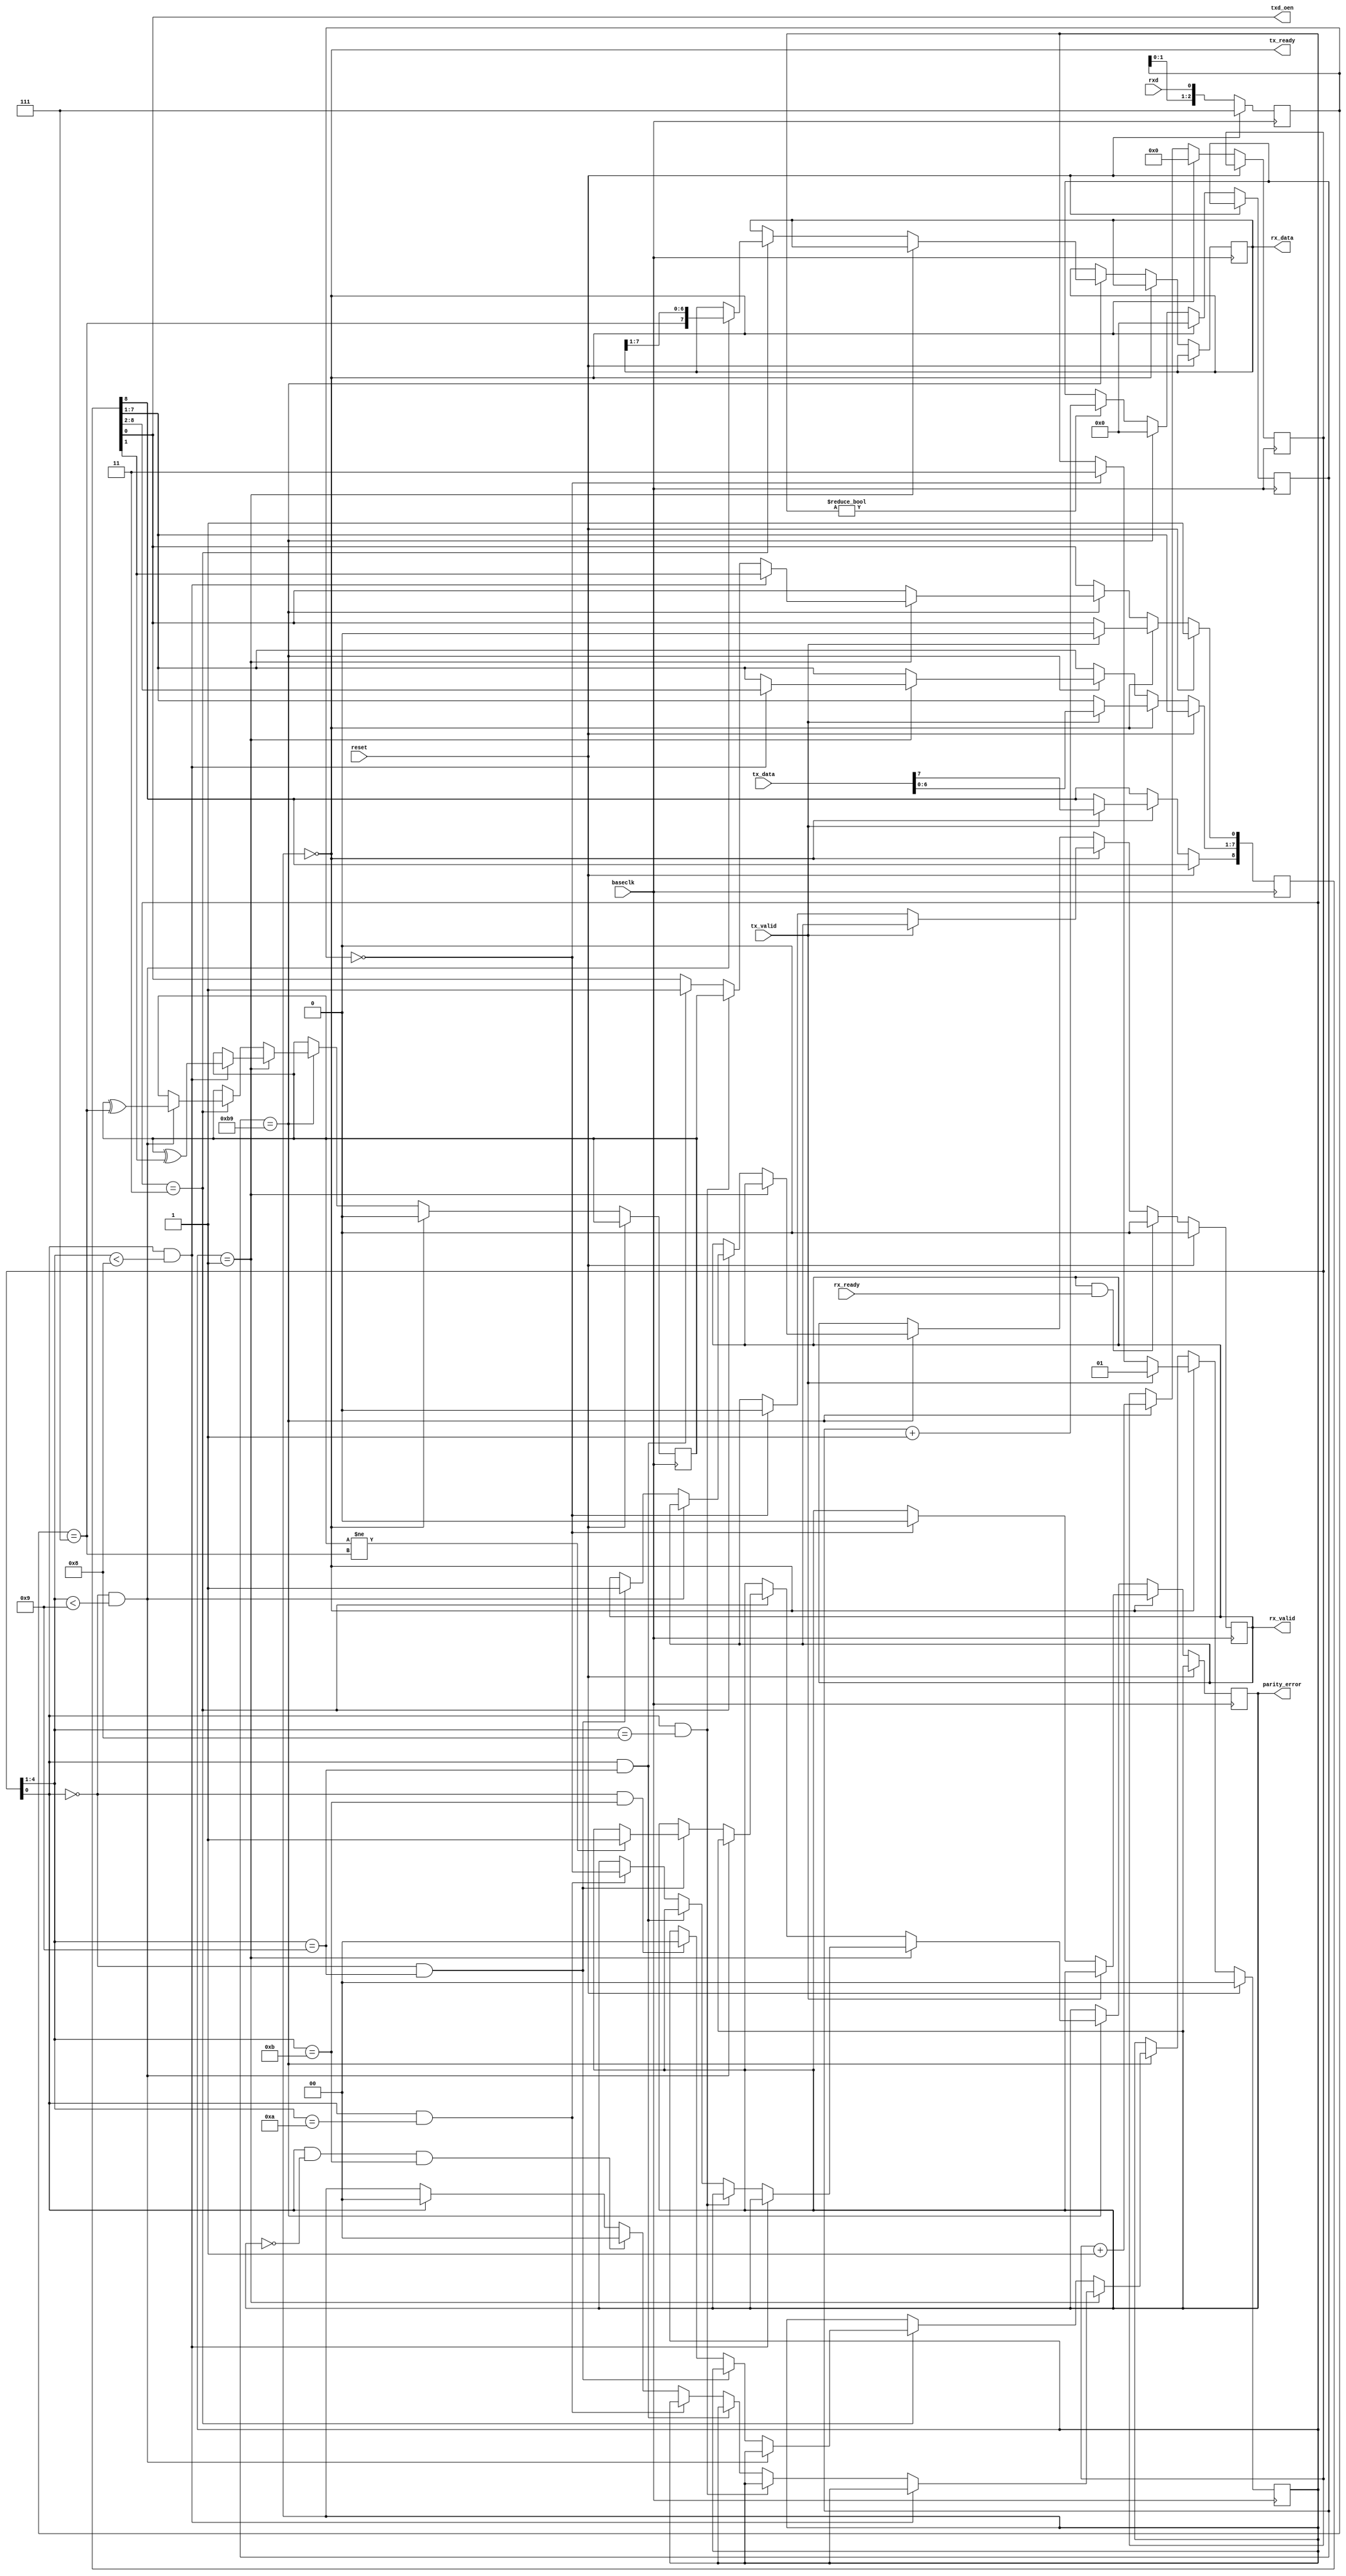
//
// Copyright (c) 2016-2020 Fairwaves, Inc.
// SPDX-License-Identifier: CERN-OHL-W-2.0
//
// Half duplex UART 
//

module uart_smartcard #(
    parameter CLK_DIV = 372,
    parameter BITS_SAMPLE = 3,
    parameter CLK_DIV_BITS = 12,
    parameter PARITY_ODD = 0
)(
    input reset,
    input baseclk,

    input  rxd,
    output txd_oen,
    
    input  [7:0] tx_data,
    input        tx_valid,
    output       tx_ready,
    
    output [7:0] rx_data,
    output       rx_valid,
    input        rx_ready,
    
    output       parity_error
);

//
// SMART CARD UART FORMAT
// 1 START
// 8 DATA
// 1 PARITY
// 2 STOP (with ACK/NACK and retransmition)
//
// Total 12 bits per byte

(* ASYNC_REG = "TRUE" *) reg [BITS_SAMPLE - 1:0] rxd_sampled;
always @(posedge baseclk) begin
  if (reset) begin
    rxd_sampled <= ((1 << BITS_SAMPLE) - 1);
  end else begin
    rxd_sampled <= { rxd_sampled[BITS_SAMPLE - 2:0], rxd };
  end
end

wire sampled_one  = (rxd_sampled == ((1 << BITS_SAMPLE) - 1));
wire sampled_zero = (rxd_sampled == 0);

reg parity;  // Parity bit calculation

localparam MODE_IDLE = 2'b00;
localparam MODE_TX   = 2'b01;
localparam MODE_RX   = 2'b11;

reg [1:0] mode;    // Half-duplex direction

reg [CLK_DIV_BITS - 1:0] clk_div;

reg [7:0] retransmition_byte; // Retransmit byte
reg [8:0] tx_byte;
reg [7:0] rx_byte;            // Byte received

reg [4:0] bit_count;          // Bit count during serialization

reg       rx_valid_reg;

reg       par_err;

assign tx_ready = (mode == MODE_IDLE);
assign txd_oen  = tx_byte[0];

assign rx_data = rx_byte;
assign rx_valid = rx_valid_reg;

assign parity_error = par_err;

// TODO  byte retransmition

wire tx_edge = (bit_count[0] == 1);
wire rx_edge = (bit_count[0] == 0);

////////////////
// LHHL LLL LLH sets up the inverse convention: state L encodes value 1 and moment 2 conveys the 
//              most significant bit (msb first). When decoded by inverse convention, the conveyed byte is equal to '3F'. 
// 
// LHHL HHH LLH sets  up  the  direct  convention:  state  H  encodes  value  1  and  moment  2  conveys  the  
//              least significant bit (lsb first). When decoded by direct convention, the conveyed byte is equal to '3B'. 


always @(posedge baseclk) begin
  if (reset) begin
    mode         <= MODE_IDLE;
    tx_byte[0]   <= 1'b1;
    rx_valid_reg <= 1'b0;
  end else begin
    if (mode == MODE_IDLE) begin
      if (tx_valid) begin
        mode    <= MODE_TX;
        tx_byte <= { tx_data, 1'b0 };
      end else if (sampled_zero) begin
        rx_valid_reg <= 1'b0;
        mode         <= MODE_RX;
        par_err      <= 0;  
      end
      
      bit_count <= 0;
      clk_div   <= 0;
      parity    <= PARITY_ODD;
    
    end else begin
      if (clk_div == ((CLK_DIV/2) - 1)) begin
      
        if (mode == MODE_TX) begin
          if (tx_edge && bit_count[4:1] < 8) begin
            tx_byte[7:0] <= tx_byte[8:1];
            parity       <= parity ^ tx_byte[1];
          end else if (tx_edge && bit_count[4:1] == 8) begin
            tx_byte[0]   <= parity;
          end else if (tx_edge && bit_count[4:1] == 9) begin
            tx_byte[0]   <= 1'b1;
          end else if (tx_edge && bit_count[4:1] == 10) begin
            par_err      <= sampled_zero;
          end else if (tx_edge && ~par_err && bit_count[4:1] == 11) begin
            mode <= MODE_IDLE;
          end else if (tx_edge /* && par_err && bit_count[4:1] == 13 */) begin
            // TODO: retransmition
            mode <= MODE_IDLE;
          end
        end else if (mode == MODE_RX) begin
          if (rx_edge && (bit_count[4:1] < 9)) begin
            rx_byte <= { sampled_one, rx_byte[7:1] };
            parity  <= parity ^ sampled_one;
          end else if (rx_edge && (bit_count[4:1] == 9)) begin
            if (parity != sampled_one) begin
              // TODO: parity error notification
              par_err <= 1'b1;
            end
            rx_valid_reg <= 1'b1;
          end else if (rx_edge && (bit_count[4:1] == 11)) begin
            mode <= MODE_IDLE;
          end
        end
        
        bit_count <= bit_count + 1;
        clk_div   <= 0;
      end else if (mode != MODE_IDLE) begin
        clk_div <= clk_div + 1;
      end
    end
    
    if (rx_valid_reg && rx_ready) begin
      rx_valid_reg <= 1'b0;
    end
  end
end


endmodule